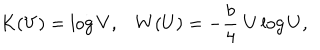
K ( V ) = \log V , W ( U ) = - { \frac { b } { 4 } } \; U \log U ,